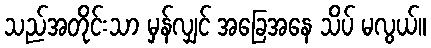
သည်အတိုင်းသာ မှန်လျှင် အခြေအနေ သိပ် မလွယ်။